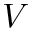
V